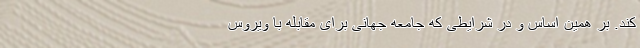
کند. بر همین اساس و در شرایطی که جامعه جهانی برای مقابله با ویروس